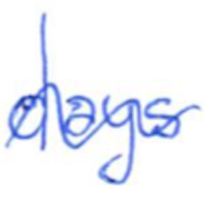
Text: days
Cross-out: wave
Writing tool: ballpoint